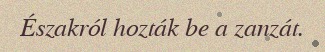
Északról hozták be a zanzát.